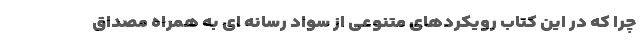
چرا که در این کتاب رویکردهای متنوعی از سواد رسانه ای به همراه مصداق